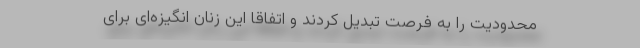
محدودیت را به فرصت تبدیل کردند و اتفاقاً این زنان انگیزه‌ای برای